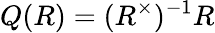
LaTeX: Q(R)=(R^{\times})^{-1}R